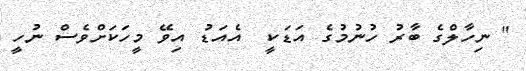
" ނިހާލްގެ ބާރު ހުނުމުގެ އަޑަކީ  އެއަޑު އިވޭ މީހަކަށްވެސް ނުހީ